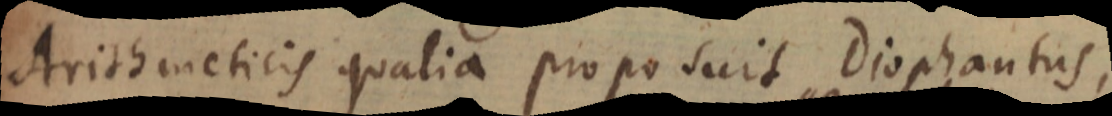
Arithmeticis qualia proposuit Diophantus,